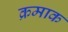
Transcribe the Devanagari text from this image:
क्रमाक